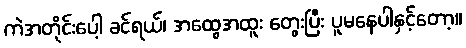
ကဲအတိုင်းပေါ့ ခင်ရယ်၊ အထွေအထူး တွေးပြီး ပူမနေပါနှင့်တော့။